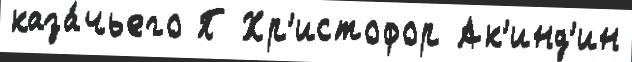
каза́чьего П Хр'истофор Ак'инд'ин